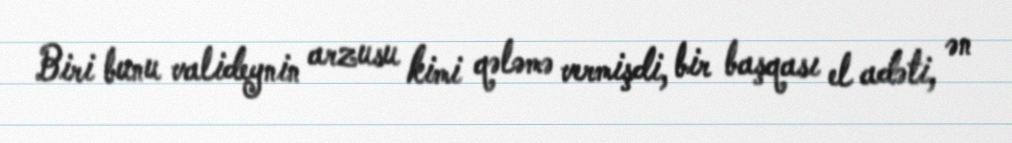
Biri bunu valideynin arzusu kimi qələmə vermişdi, bir başqası el adəti, ən